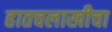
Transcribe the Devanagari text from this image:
हातचलाखीचा